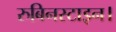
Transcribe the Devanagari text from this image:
रुबिनस्टाइन।